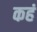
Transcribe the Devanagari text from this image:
कहं